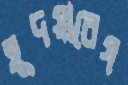
হূদয়াবেগ